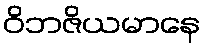
ဝိဘဇိယမာနေ